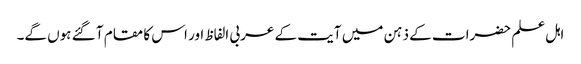
اہل علم حضرات کے ذہن میں آیت کے عربی الفاظ اور اس کا مقام آ گئے ہوں گے۔